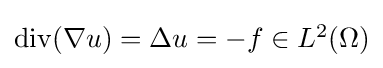
{\textstyle \operatorname {div} (\nabla u)=\Delta u=-f\in L^{2}(\Omega )}